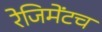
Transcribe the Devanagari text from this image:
रेजिमेंटच